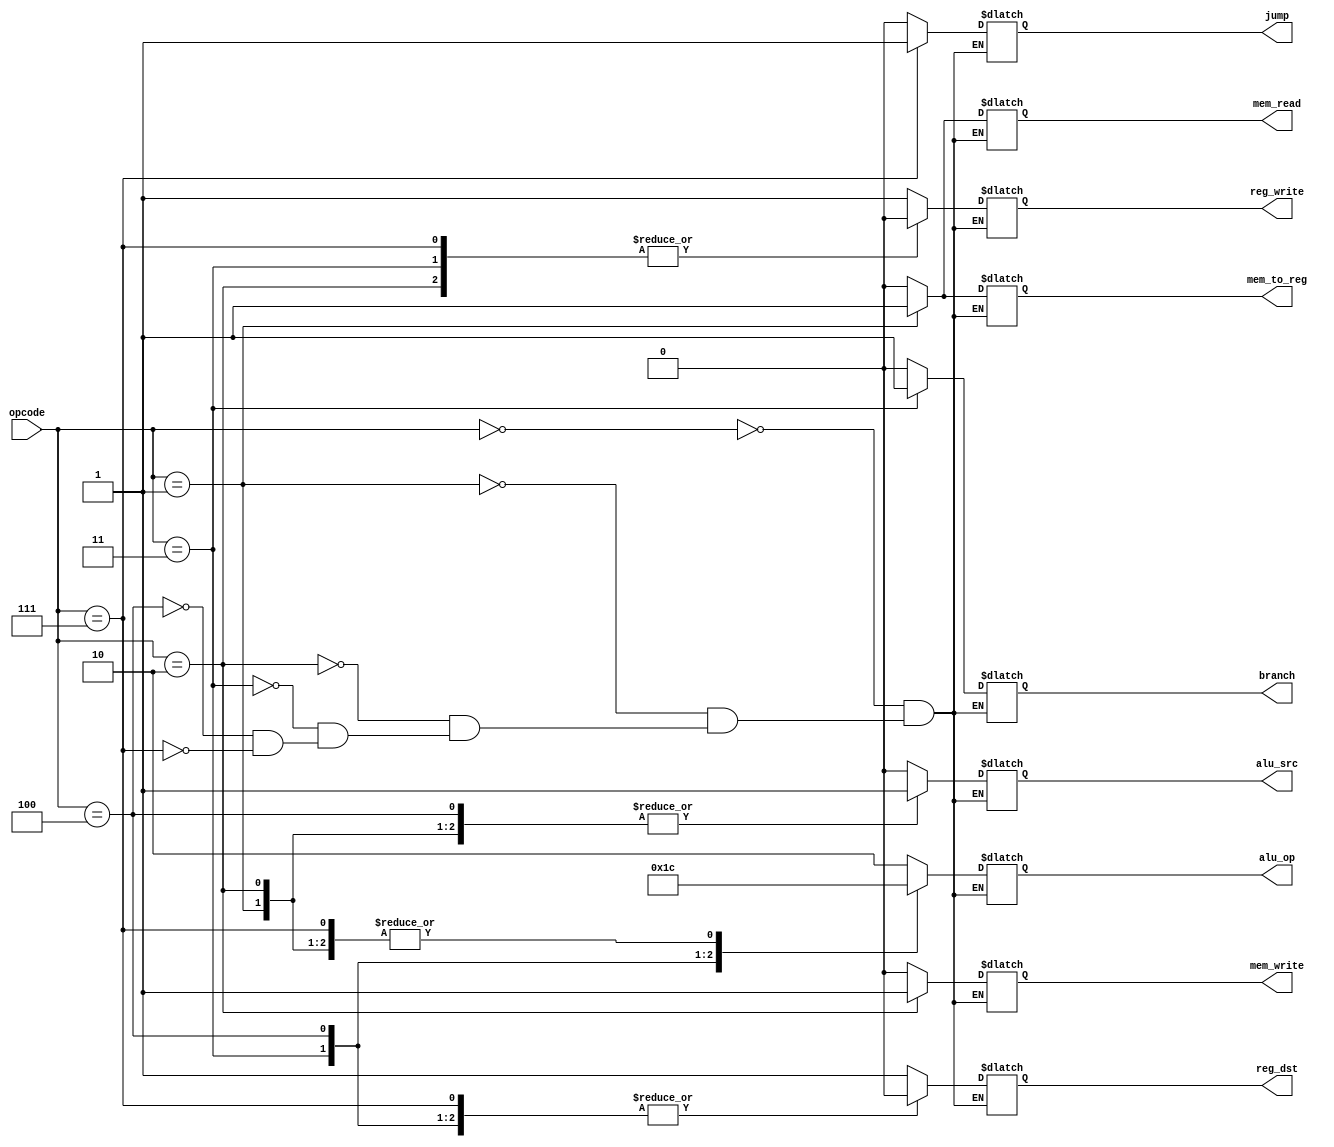
module UDC(
						input[2:0]opcode,     
                  output reg[1:0]alu_op,  
                  output reg reg_dst,mem_to_reg,jump,branch,mem_read,mem_write,alu_src,reg_write);  
 always @(*)  
 begin  
 
      case(opcode)   
      3'b000: begin // tipo R  
                reg_dst = 1'b1;  
                mem_to_reg = 1'b0;  
                alu_op = 2'b10;  
                jump = 1'b0;  
                branch = 1'b0;  
                mem_read = 1'b0;  
                mem_write = 1'b0;  
                alu_src = 1'b0;  
                reg_write = 1'b1;  
                end  
      3'b001: begin // lw  
                reg_dst = 1'b0;  
                mem_to_reg = 1'b1;  
                alu_op = 2'b00;  
                jump = 1'b0;  
                branch = 1'b0;  
                mem_read = 1'b1;  
                mem_write = 1'b0;  
                alu_src = 1'b1;  
                reg_write = 1'b1;   
                end  
      3'b010: begin // sw  
                reg_dst = 1'b0;  
                mem_to_reg = 1'b0;  
                alu_op = 2'b00;  
                jump = 1'b0;  
                branch = 1'b0;  
                mem_read = 1'b0;  
                mem_write = 1'b1;  
                alu_src = 1'b1;  
                reg_write = 1'b0;   
                end  
      3'b011: begin // beq  
                reg_dst = 1'b0;  
                mem_to_reg = 1'b0;  
                alu_op = 2'b01;  
                jump = 1'b0;  
                branch = 1'b1;  
                mem_read = 1'b0;  
                mem_write = 1'b0;  
                alu_src = 1'b0;  
                reg_write = 1'b0;   
                end  
      3'b100: begin // addi  
                reg_dst = 1'b0;  
                mem_to_reg = 1'b0;  
                alu_op = 2'b11;  
                jump = 1'b0;  
                branch = 1'b0;  
                mem_read = 1'b0;  
                mem_write = 1'b0;  
                alu_src = 1'b1;  
                reg_write = 1'b1;   
                end  
      3'b111: begin // jmp  
                reg_dst = 1'b0;  
                mem_to_reg = 1'b0;  
                alu_op = 1'b00;  
                jump = 1'b1;  
                branch = 1'b0;  
                mem_read = 1'b0;  
                mem_write = 1'b0;  
                alu_src = 1'b0;  
                reg_write = 1'b0;   
                end  
        
      endcase  
        
 end  
 endmodule